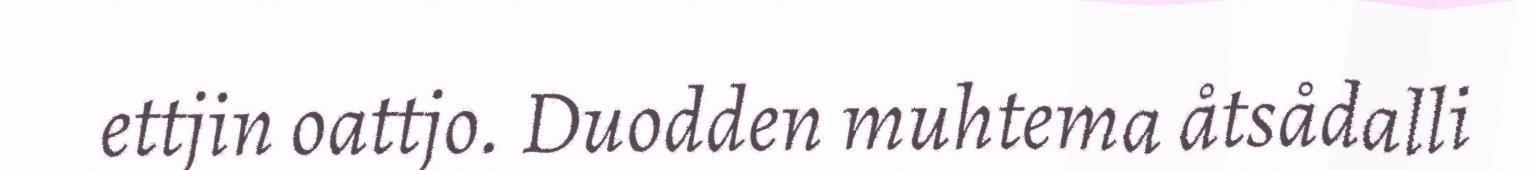
ettjin oattjo. Duodden muhtema åtsådalli